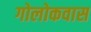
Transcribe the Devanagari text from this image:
गोलोकवास